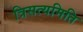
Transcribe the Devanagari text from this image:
त्रिसत्यमिति